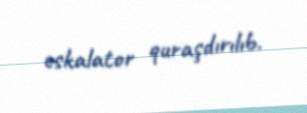
eskalator quraşdırılıb.